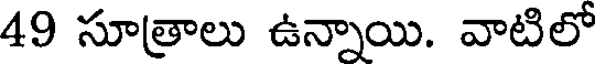
49 సూత్రాలు ఉన్నాయి. వాటిలో